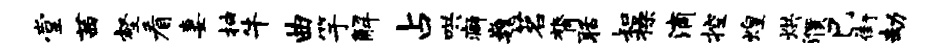
堂茜壑看妻抽牛曲竽解占哄癖巍茗膂聒知操滴控煌烘濮巳街劫